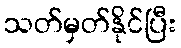
သတ်မှတ်နိုင်ပြီး